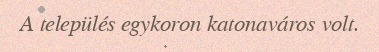
A település egykoron katonaváros volt.